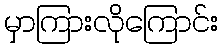
မှာကြားလိုကြောင်း